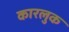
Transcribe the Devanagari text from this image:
कारलुक